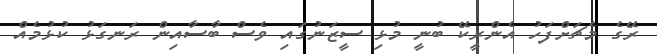
ރޭގެ މެޗަށްފަހު އެންރީކޭ ބުނީ މުޅި ސީޒަނުގައި ވެސް ބާސާއިން ރަނގަޅު ކުޅުމެއް